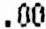
.00